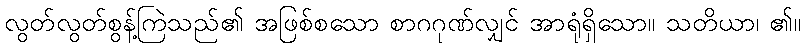
လွတ်လွတ်စွန့်ကြဲသည်၏ အဖြစ်စသော စာဂဂုဏ်လျှင် အာရုံရှိသော။ သတိယာ၊ ၏။